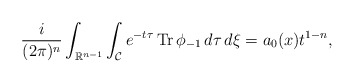
\begin{align*} \frac{i}{(2 \pi)^{n}}\int_{\mathbb{R}^{n-1}}\int_{\mathcal{C}} e^{-t\tau} \operatorname{Tr} \phi_{-1} \,d\tau \,d\xi =a_0(x)t^{1-n},\end{align*}